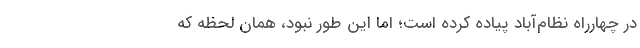
در چهارراه نظام‌آباد پیاده کرده است؛ اما این طور نبود، همان لحظه که